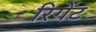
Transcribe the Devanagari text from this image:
रिगेंट